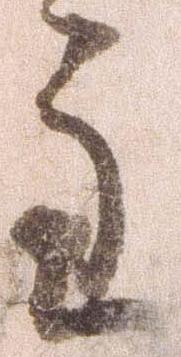
主